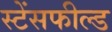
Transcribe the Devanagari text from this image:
स्टेंसफील्ड